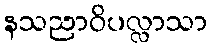
နသညာဝိပလ္လာသာ